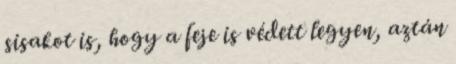
sisakot is, hogy a feje is védett legyen, aztán